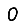
Digit: 0